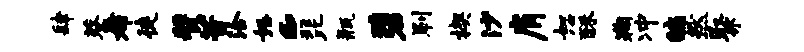
肆葵希徒赞昔洽怒c琵瓶碧刷楔沙肩恕酥鞠冲编然聚